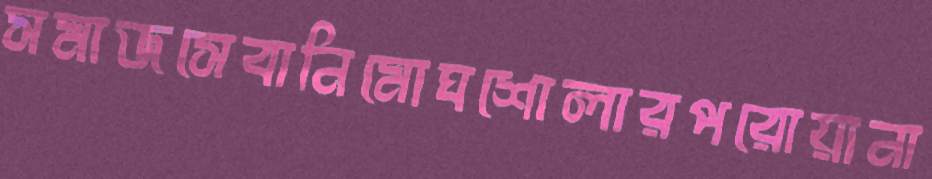
সমাজসেবানিমোঘশোলারপরোয়ানা